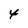
Character: 4